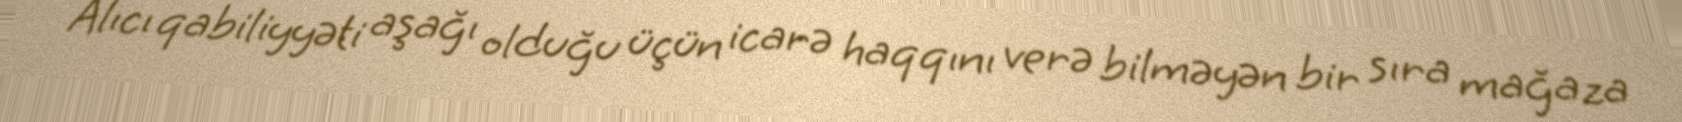
Alıcı qabiliyyəti aşağı olduğu üçün icarə haqqını verə bilməyən bir sıra mağaza